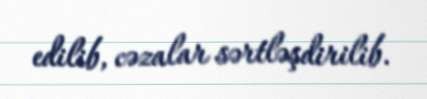
edilib, cəzalar sərtləşdirilib.